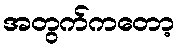
အတွက်ကတော့